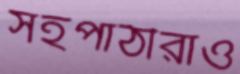
সহপাঠীরাও